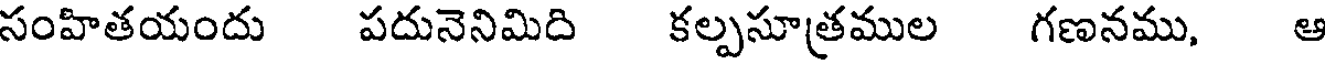
సంహితయందు పదునెనిమిది కల్పసూత్రముల గణనము, ఆ